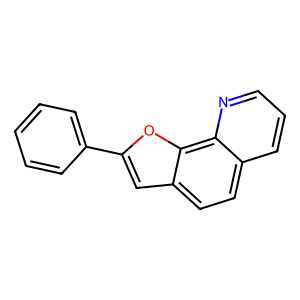
SMILES: c1ccc(-c2cc3ccc4cccnc4c3o2)cc1
Inhibits HIV replication: No